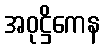
အဝုဋ္ဌိကေန